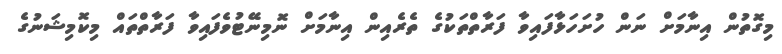
މިގޮތުން އިނާމަށް ނަން ހުށަހަޅާފައިވާ ފަރާތްތަކުގެ ތެރެއިން އިނާމަށް ނޮމިނޭޓުވެފައިވާ ފަރާތްތައް މިކޮމިޝަނުގެ